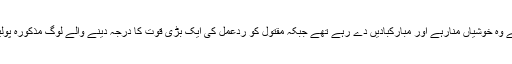
جو لوگ ملک اسحاق کو دہشت اور بربریت کی علامت سمجھتے تھے وہ خوشیاں منارہے اور مبارکبادیں دے رہے تھے جبکہ مقتول کو ردعمل کی ایک بڑی قوت کا درجہ دینے والے لوگ مذکورہ پولیس مقابلے کو ریاستی دہشت گردی اور ظلم سے تعبیر کررہے تھے۔